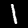
Label: 1